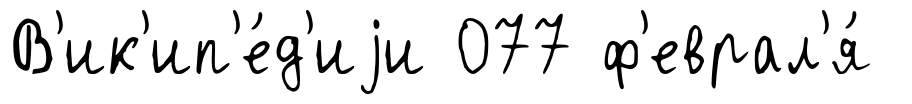
В'ик'ип'е́д'иjи 077 ф'еврал'я́